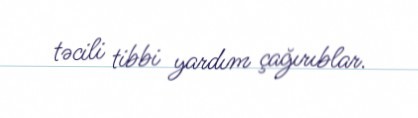
təcili tibbi yardım çağırıblar.